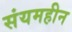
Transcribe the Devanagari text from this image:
संयमहीन